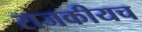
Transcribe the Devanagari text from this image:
राजकीयच